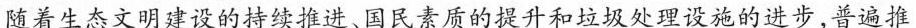
随着生态文明建设的持续推进、国民素质的提升和垃圾处理设施的进步，普遍推